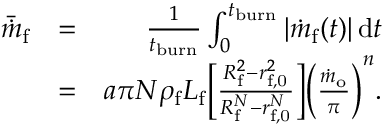
\begin{array} { r l r } { \bar { \dot { m } } _ { \mathrm { f } } } & { = } & { \frac { 1 } { t _ { \mathrm { b u r n } } } \int _ { 0 } ^ { t _ { \mathrm { b u r n } } } \left\vert \dot { m } _ { \mathrm { f } } ( t ) \right\vert \mathrm { d } t } \\ & { = } & { a \pi N \rho _ { \mathrm { f } } L _ { \mathrm { f } } \bigg [ \frac { R _ { \mathrm { f } } ^ { 2 } - r _ { \mathrm { f , 0 } } ^ { 2 } } { R _ { \mathrm { f } } ^ { N } - r _ { \mathrm { f , 0 } } ^ { N } } \bigg ] \bigg ( \frac { \dot { m } _ { \mathrm { o } } } { \pi } \bigg ) ^ { n } . } \end{array}